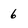
Character: 6